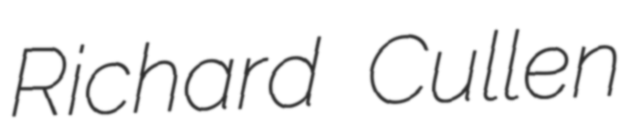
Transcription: Richard Cullen